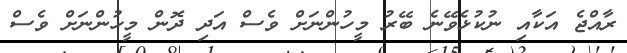
ރާއްޖެ އަކާއި ނުކުޅެވޭނެ ބޭރު މީހުންނަށް ވެސް އަދި ދޮން މީހުންނަށް ވެސް